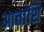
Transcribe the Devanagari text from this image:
आत्ताशि